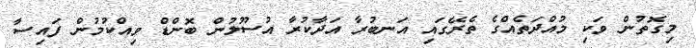
މިގޮތުން ވަކި މުއްދަތެއްގެ ތެރޭގައި އަނބުރާ އަދާކުރާ އުސޫލުން ބޮންޑް ވިއްކުމުން ފައިސާ